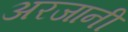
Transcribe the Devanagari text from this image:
अरजानी